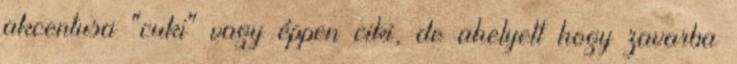
akcentusa "cuki" vagy éppen ciki, de ahelyett hogy zavarba